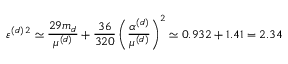
\varepsilon ^ { ( d ) \, 2 } \simeq \frac { 2 9 m _ { d } } { \mu ^ { ( d ) } } + \frac { 3 6 } { 3 2 0 } \left( \frac { \alpha ^ { ( d ) } } { \mu ^ { ( d ) } } \right) ^ { 2 } \simeq 0 . 9 3 2 + 1 . 4 1 = 2 . 3 4